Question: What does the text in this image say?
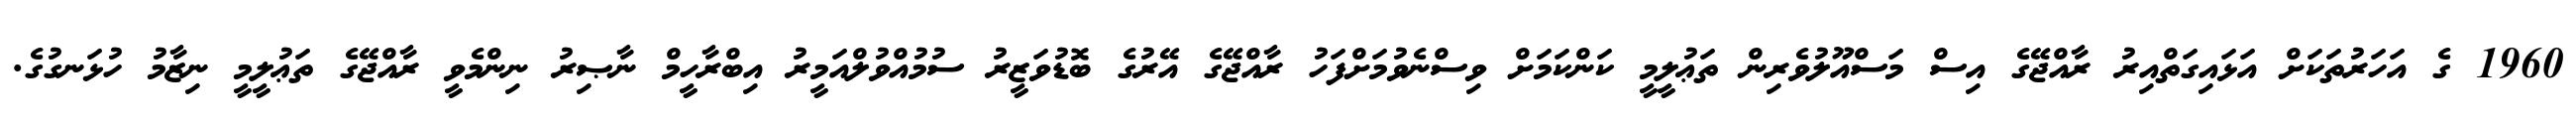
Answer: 1960 ގެ އަހަރުތަކަށް އަޅައިގަތްއިރު ރާއްޖޭގެ އިސް މަސްއޫލުވެރިން ތަޢުލީމީ ކަންކަމަށް ވިސްނެވުމަށްފަހު ރާއްޖޭގެ އޭރުގެ ބޮޑުވަޒީރު ސުމުއްވުލްއަމީރު އިބްރާހީމް ނާޞިރު ނިންމެވީ ރާއްޖޭގެ ތަޢުލީމީ ނިޒާމު ހުޅަނގުގެ.